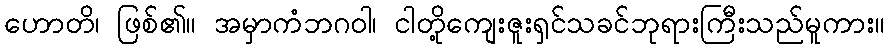
ဟောတိ၊ ဖြစ်၏။ အမှာကံဘဂဝါ၊ ငါတို့ကျေးဇူးရှင်သခင်ဘုရားကြီးသည်မူကား။